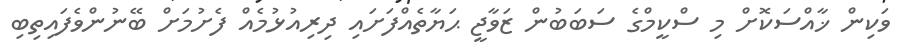
ވަކިން ޚާއްސަކޮށް މި ސްކީމްގެ ސަބަބުން ޒަވާޖީ ޙަޔާތެއްފަށައި ދިރިއުޅުމެއް ފެށުމަށް ބޭނުންވެފައިތިބި